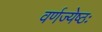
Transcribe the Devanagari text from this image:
वर्णज्येष्ठः